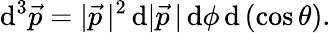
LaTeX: \mathrm{d}^{3}{\vec{{p}}}=|{\vec{{p}}}\, |^{2}\, \mathrm{d}|{\vec{{p}}}\, |\, \mathrm{d}\phi\, \mathrm{d}\left(\cos\theta\right).